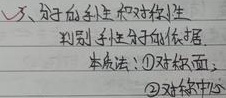
一、对于轴对称和中心对称判别手段与充要依据.本质法：
\textcircled{1} 对称面；
\textcircled{2} 对称中心 。